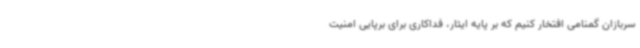
سربازان گمنامی افتخار کنیم که بر پایه ایثار، فداکاری برای برپایی امنیت